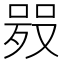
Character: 𠸅